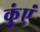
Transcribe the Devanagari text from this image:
कुंएं